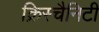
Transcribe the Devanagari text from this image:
क्रिस्चैनिटी